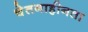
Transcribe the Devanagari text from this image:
चेतनाहीनता